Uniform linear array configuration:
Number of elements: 24
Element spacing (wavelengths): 0.25
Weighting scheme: hann
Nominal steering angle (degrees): -60
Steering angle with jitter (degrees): -61.629
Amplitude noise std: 0.05
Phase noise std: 0.05

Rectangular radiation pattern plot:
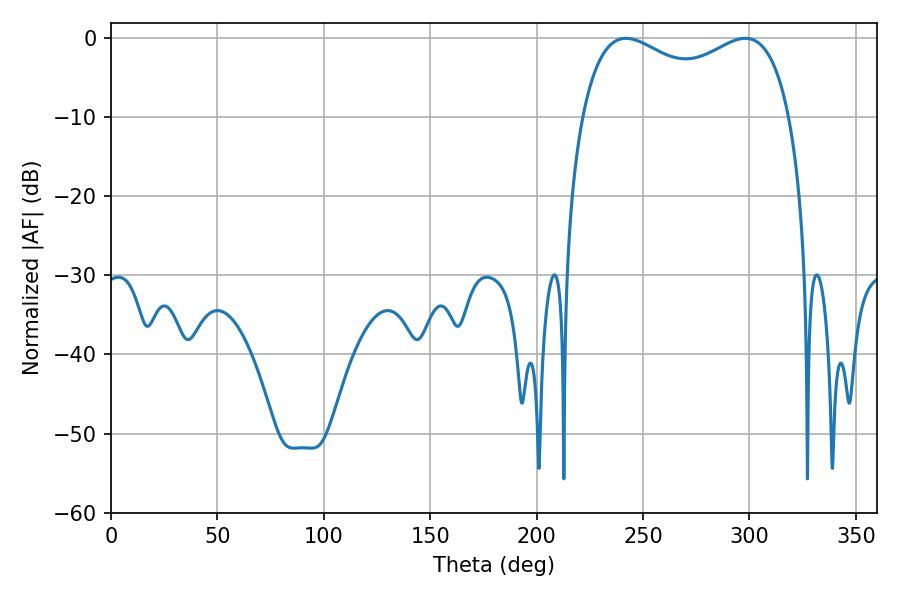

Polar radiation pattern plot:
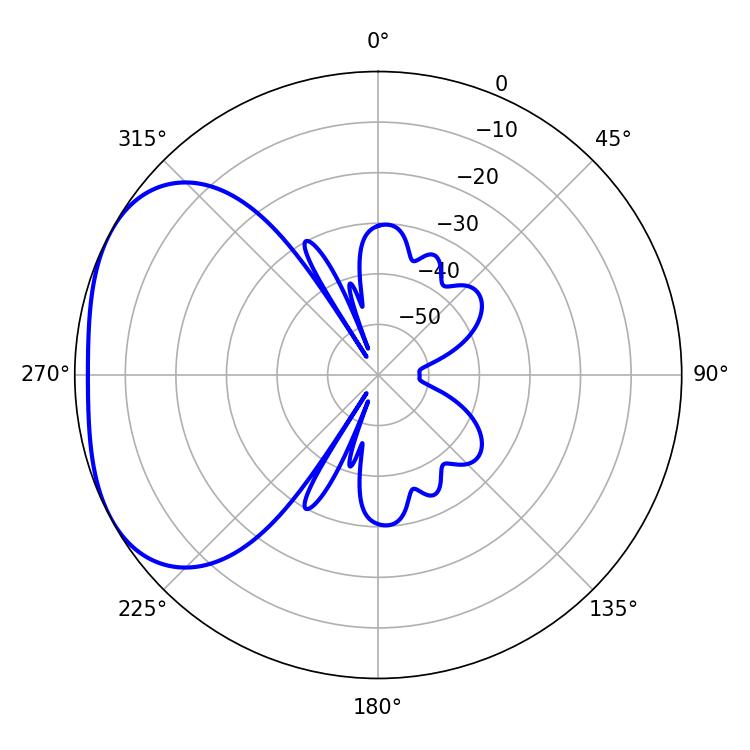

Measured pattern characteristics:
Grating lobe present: FALSE
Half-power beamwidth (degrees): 81.36
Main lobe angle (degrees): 241.92